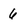
Character: 6